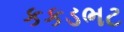
કકડભટ